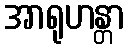
အာရုဟန္တာ